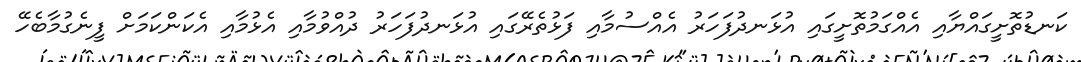
ކަނޑުތޮށީގައްޔާއި އެއްގަމުތޮށީގައި އުޅަނދުފަހަރު އެއްސުމާއި ފަޅުތެރޭގައި އުޅަނދުފަހަރު ދުއްވުމާއި އެޅުމާއި އެކަންކަމަށް ފީނެގުމާބެހޭ